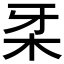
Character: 𰗔